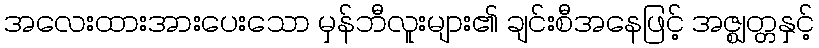
အလေးထားအားပေးသော မှန်ဘီလူးများ၏ ချင်းစီအနေဖြင့် အဇ္ဈတ္တနှင့်